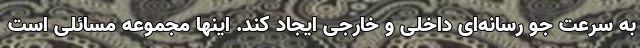
به سرعت جو رسانه‌ای داخلی و خارجی ایجاد کند. اینها مجموعه مسائلی است